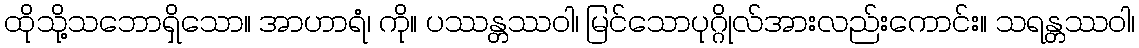
ထိုသို့သဘောရှိသော။ အာဟာရံ၊ ကို။ ပဿန္တဿဝါ၊ မြင်သောပုဂ္ဂိုလ်အားလည်းကောင်း။ သရန္တဿဝါ၊